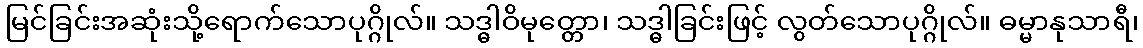
မြင်ခြင်းအဆုံးသို့ရောက်သောပုဂ္ဂိုလ်။ သဒ္ဓါဝိမုတ္တော၊ သဒ္ဓါခြင်းဖြင့် လွတ်သောပုဂ္ဂိုလ်။ ဓမ္မာနုသာရီ၊